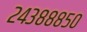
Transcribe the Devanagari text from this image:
२४३८८८५०